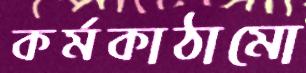
কর্মকাঠামো